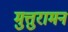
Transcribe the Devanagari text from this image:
मुत्तुरामन